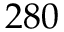
2 8 0